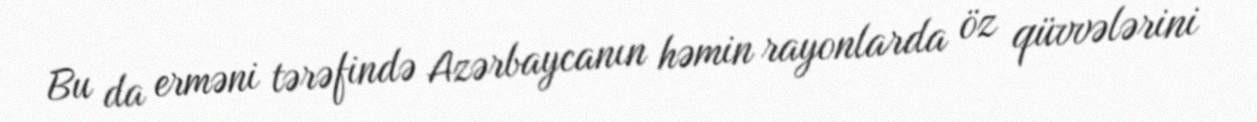
Bu da erməni tərəfində Azərbaycanın həmin rayonlarda öz qüvvələrini